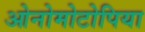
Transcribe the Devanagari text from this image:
ओनोमोटोपिया